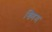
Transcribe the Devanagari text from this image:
ख्यिम